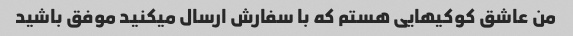
من عاشق کوکیهایی هستم که با سفارش ارسال میکنید موفق باشید